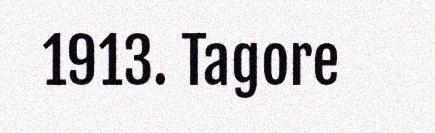
1913. Tagore